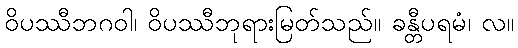
ဝိပဿီဘဂဝါ၊ ဝိပဿီဘုရားမြတ်သည်။ ခန္တီပရမံ၊ လ။